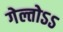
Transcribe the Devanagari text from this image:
गेल्तोऽऽ